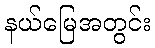
နယ်မြေအတွင်း